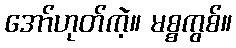
အော်ဟုတ်ကဲ့။ မစ္စကွစ်။